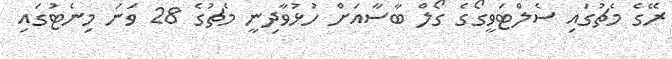
ރޭގެ މެޗުގައި ސެލްޓަވީގޯގެ ގޯލް ބާސާއަށް ހުޅުވާދިނީ މެޗުގެ 28 ވަނަ މިނެޓުގައި